Medical and sanitary report on the native army of Bombay for the year
Year: 1878
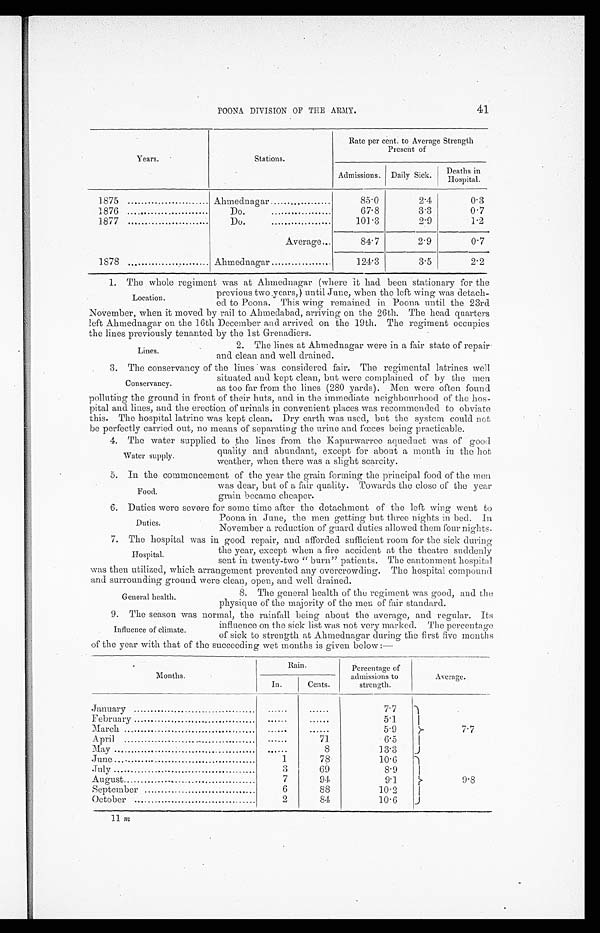
41
POONA DIVISION OF THE ARMY.
Years.
Stations.
Rate per cent. to Average Strength
Present of
Admissions. Daily Sick.
Deaths in
Hospital.
1875
Ahmednagar
85.0
2.4
0.3
1876
..
Do.
67.8
3.3
0.7
1877
Do.
101.3
2.9
1.2
Average,..
84.7
2.9
0.7
1878
Ahmednagar
124.3
3.5
2.2
1. The whole regiment was at Ahmednagar (where it had been stationary for the
Location.
previous two .years,) until J une, when the lett wing was detach-
ed to Poona. This wing remained in Poona until the 23rd
November, when it moved by rail to Ahmedabad, arriving on the 26th. The head quarters
left Ahmednagar on the 16th December and arrived on the 19th. The regiment occupies
the lines previously tenanted by the 1st Grenadiers.
2. The lines at Ahmednagar were in a fair state of repair
and clean and well drained.
3. The conservancy of the lines 'was considered fair. The regimental latrines well
situated and kept clean, but were complained of by the men
as too far from the lines (280 -yards). Men were often found
polluting the ground in front of their huts, and in the immediate neighbourhood of the hos-
pital and lines, and the erection of urinals in convenient places was recommended to obviate
this. The hospital latrine was kept clean. Dry earth was used, but the system could not
be perfectly carried out, no means of separating the urine and foeces being practicable.
4. The water supplied to the lines from the Kapurwarree aqueduct was of good
Lines.
Conservancy.
Water supply.
quality and abundant, except for about a month in the hot
weather, when there was a slight scarcity,
5. In the commencement of the year the grain forming the principal food of the men
was dear, lint of a fair quality. Towards the close of the year
grain became cheaper.
6.
Duties were severe fur same time after the detachment of the left wing went to
Poona in June, the men getting but three nights in bed. In
November a reduction of ward duties allowed them four nights
7. The hospital was in good repair, and afforded sufficient room for the sick during
Food.
Duties.
H o s p i t a l .
the year, except when a lire accident at the theatre suddenly
sent in twent y -two " burn" p atients. The cantonment hospital
was then utilized, which arrangement prevented any overcrowding. The hospital compound.
and surrounding ground were clean, open, and well drained.
General health.
8. The general health of the regiment was good, and the
physique of the maioritv of the men of fair standard.
9. The season was normal, the rainfall being about the average, and regular. Its
influence on the sick list was not very marked. The percentage
of sick to strengthh at Ahamednagar during the first five months
of the year with that of the succeeding wet months is given below :-
Months.
Rain.
Percentage of
admissions to
strength.
Average.
In.
Cents.
J anuary
7.7
7.7
February
5.1
March
5.9
April
71
6.5
May
. . .
8
13.3
June
.
1
78
10.6
9.8
July
3
69
8.9
August
7
94
9.1
September
6
88
10.2
October
2
84
10.6
Influence of climate.
11 qc